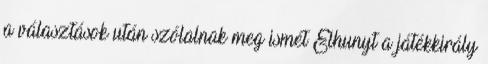
a választások után szólalnak meg ismét Elhunyt a játékkirály